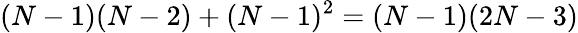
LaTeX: (N-1)(N-2)+(N-1)^{2}=(N-1)(2N-3)